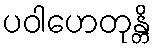
ပဝါဟေတုန္တိ